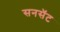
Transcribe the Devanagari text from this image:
सनसॅट